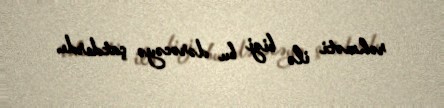
rəhməti ilə bizi bu dərəcəyə çatdırdı.